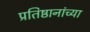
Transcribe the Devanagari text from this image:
प्रतिष्ठानांच्या